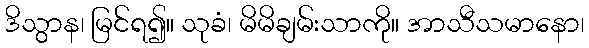
ဒိသွာန၊ မြင်ရ၍။ သုခံ၊ မိမိချမ်းသာကို။ အာသီသမာနော၊